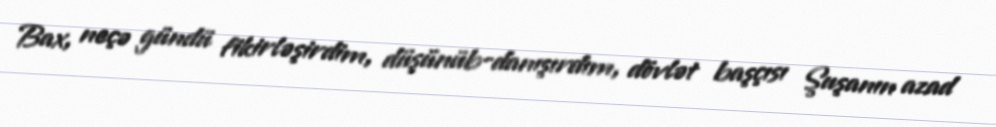
Bax, neçə gündü fikirləşirdim, düşü­nüb-danışırdım, dövlət başçısı Şuşanın azad